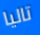
تاليا